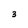
Character: 3